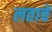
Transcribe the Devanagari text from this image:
लताचे